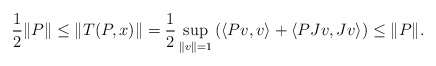
\begin{align*} \frac{1}{2} \| P \| \le \| T(P,x) \| = \frac{1}{2} \sup_{ \| v \| =1} \left( \langle Pv, v \rangle + \langle PJv, Jv \rangle \right) \le \| P \|.\end{align*}